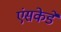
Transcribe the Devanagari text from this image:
एंसकेडे